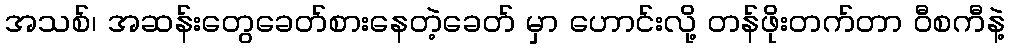
အသစ်၊ အဆန်းတွေခေတ်စားနေတဲ့ခေတ် မှာ ဟောင်းလို့ တန်ဖိုးတက်တာ ဝီစကီနဲ့